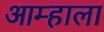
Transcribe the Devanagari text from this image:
आम्‍हाला